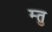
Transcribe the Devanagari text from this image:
म्तु